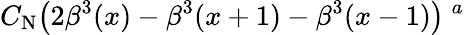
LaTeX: C_{\mathrm{N}}\big(2\beta^{3}(x)-\beta^{3}(x+1)-\beta^{3}(x-1)\big)\ ^{a}